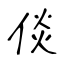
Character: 倓